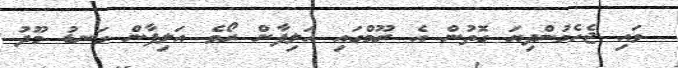
ވައި ޖެހެމުންދިޔަ ގޮތުން އެ ރޫމްގައި އަލިފާން ރޯވެ އަލިފާން ގަނޑު މޫދު